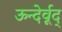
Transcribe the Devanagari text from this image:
ऊन्देर्वूद्